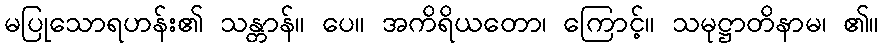
မပြုသောရဟန်း၏ သန္တာန်။ ပေ။ အကိရိယတော၊ ကြောင့်။ သမုဋ္ဌာတိနာမ၊ ၏။